Lunatic asylums Bombay report 1878-1890 - 1878-1890
Year: 1878
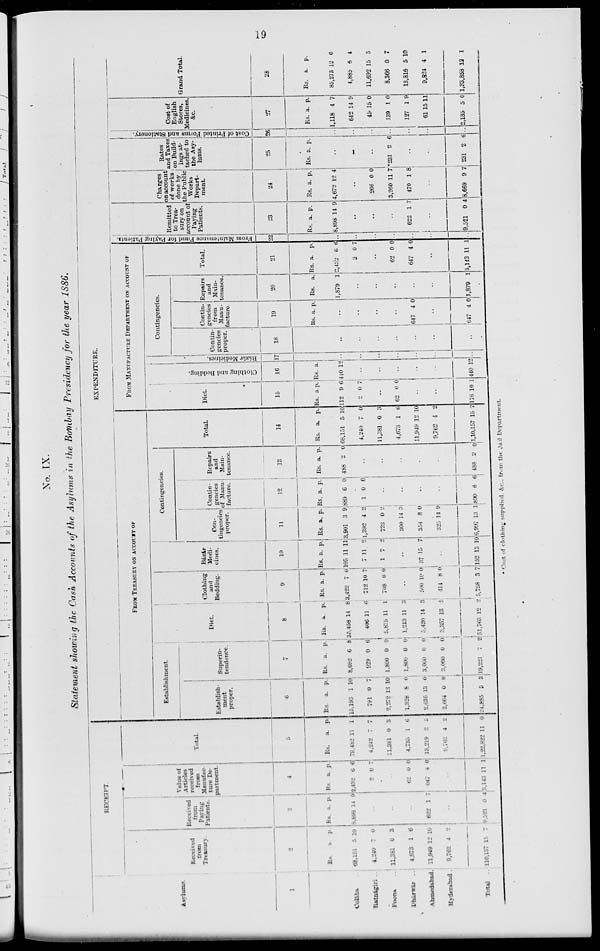
19
No. IX.
Statement showing the Cash Accounts of the Asylums in the Bombay Presidency for the year 1886.
RECEIPT.
Asylums.
1
Colába ..
Ratnágiri ..
Poona ..
Dharwar ..
Ahmedabad.
Hyderabad.
Total ..
Received
from
Treasury
2
Rs.
68,151
4,240
11,381
4,673
11,949
9,762
110,157
a.
5
7
0
1
12
4
15
p.
10
0
3
6
10
2
7
Received
from
Paying
Patients.
3
Rs.
8,898
a.
14
p.
9
..
..
..
622 1
7
..
9,521 0 4
Value of
Articles
received
from
Manufac-
ture De-
partment.
4
Rs
2,432
2
a.
6
0
p.
6
7
..
62
647
0
4
0
0
..
3,143
11 1
Total.
5
Rs.
79,482
4,242
11,381
4,735
13,219
9,762
1,22,822
a.
11
7
0
1
2
4
11
p.
1
7
3
6
5
2
0
EXPENDITURE.
FROM TREASURY ON ACCOUNT OF
Establishment.
Establish-
ment
proper.
6
Rs.
15,193
791
2,272
1,328
2,635
2,664
24,885
a.
1
0
13
8
13
0
5
p.
10
7
10
0
0
0
3
Superin-
tendence.
7
Rs.
8,692
929
1,800
1,800
3,000
3,000
19,221
a.
6
0
0
0
0
0
7
p.
8
6
0
0
0
0
2
Diet.
8
Rs.
35,458
406
5,875
1,243
5,420
3,357
51,763
a.
14
11
11
11
14
13
12
p.
8
6
1
3
3
5
2
Clothing
and
Bedding.
9
Rs.
3,422
712
708
a.
7
10
0
p.
0
7
0
..
500
414
5,758
10
8
3
0
0
7
Bázár
Medi-
cines.
10
Rs.
105
7
1
a.
11
11
7
p.
11
2
2
..
37 15 7
..
152 13 10
Contingencies.
Con-
tingencies
proper.
11
Rs.
3,901
1,392
723
300
354
325
6,997
a.
3
4
0
14
8
14
13
p.
9
2
2
3
0
9
1
Contin-
geneies
of Manu-
facture.
12
Rs
889
1
a.
6
0
p.
0
6
..
..
..
..
890 6
6
Repairs
and
Main-
tenance.
13
Rs.
488
a.
2
p.
0
..
..
..
..
..
488 2
0
Total.
14
Rs.
68,151
4,240
11,381
4,673
11,949
9,762
1,10,155
a.
5
7
0
1
12
4
15
p.
10
0
3
6
10
2
7
FROM MANUFACTURE DEPARTMENT ON ACCOUNT OF
Diet.
15
Rs.
112
2
a
9
0
p.
6
7
..
62 0 0
..
..
176 10 1
Clothing and Bedding.
16
Rs.
440
a.
12
..
..
..
..
..
440 12
Bázár Medicines.
17
..
..
..
..
..
..
..
..
Contingencies.
Contin-
gencies
proper.
18
..
..
..
..
..
..
..
..
Contin-
gencies
from
Manu-
facture.
19
Rs. a.
p.
..
..
..
..
647 4 0
..
647 4 0
Repairs
and
Main-
tenance.
20
Rs.
1,879
a.
1
..
..
..
..
..
1,879 1
Total.
21
Rs.
2,432
2
a.
6
0
p.
6
7
..
62
647
0
4
0
0
..
3,143 11 1
From Maintenance Fund for Paying patients.
22
..
..
..
..
..
..
..
Remitted
to Trea-
sury on
account of
Paying
Patients.
23
Rs.
8,898
a.
14
p.
9
..
..
..
622 1 7
..
9,521 0 4
Charges
on account
of works
done by
the Public
Works
Depart-
ment.
24
Rs.
4,672
a.
12
p.
4
..
266
3,260
470
0
11
1
0
7
8
..
3,669 9 7
Rates
and Taxes
on Build-
ings at-
tached to
the Asy-
lums.
25
Rs. a.
p.
..
..
..
*231 2 6
..
..
231 2 6
Cost of Printed Forms and Stationery.
26
..
..
..
..
..
..
..
Cost of
English
Stores,
Medicines
&c
27
Rs.
1,118
642
45
139
127
61
2,135
a.
4
14
15
1
1
15
5
p.
7
9
0
0
9
11
0
Grand Total.
28
Rs.
85,273
4,885
11,692
8,366
13,816
9,824
1,33,858
a.
12
6
15
0
5
4
12
p.
0
4
3
7
10
1
1
* Cost of clothing supplied &c., from the Jail Department.